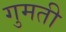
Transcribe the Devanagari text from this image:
गुमती